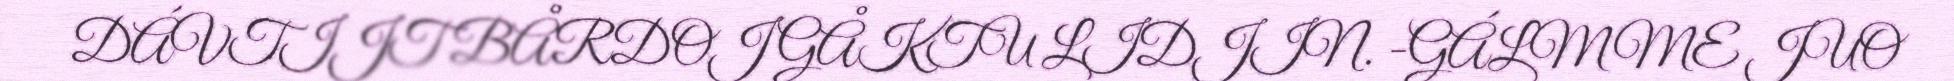
DÁVTIJT BÅRDOJ GÅKTU LIDJIN. -GÁLMME JUO